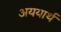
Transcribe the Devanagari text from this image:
अययार्थ